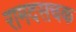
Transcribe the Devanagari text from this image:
रामदसचक